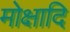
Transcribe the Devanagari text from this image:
मोक्षादि